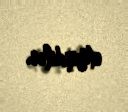
etmişdilər.